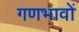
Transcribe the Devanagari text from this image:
गणभावों